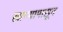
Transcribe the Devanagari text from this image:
खाण्यापासून